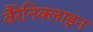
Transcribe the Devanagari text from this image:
वैरेनिक्लाइन